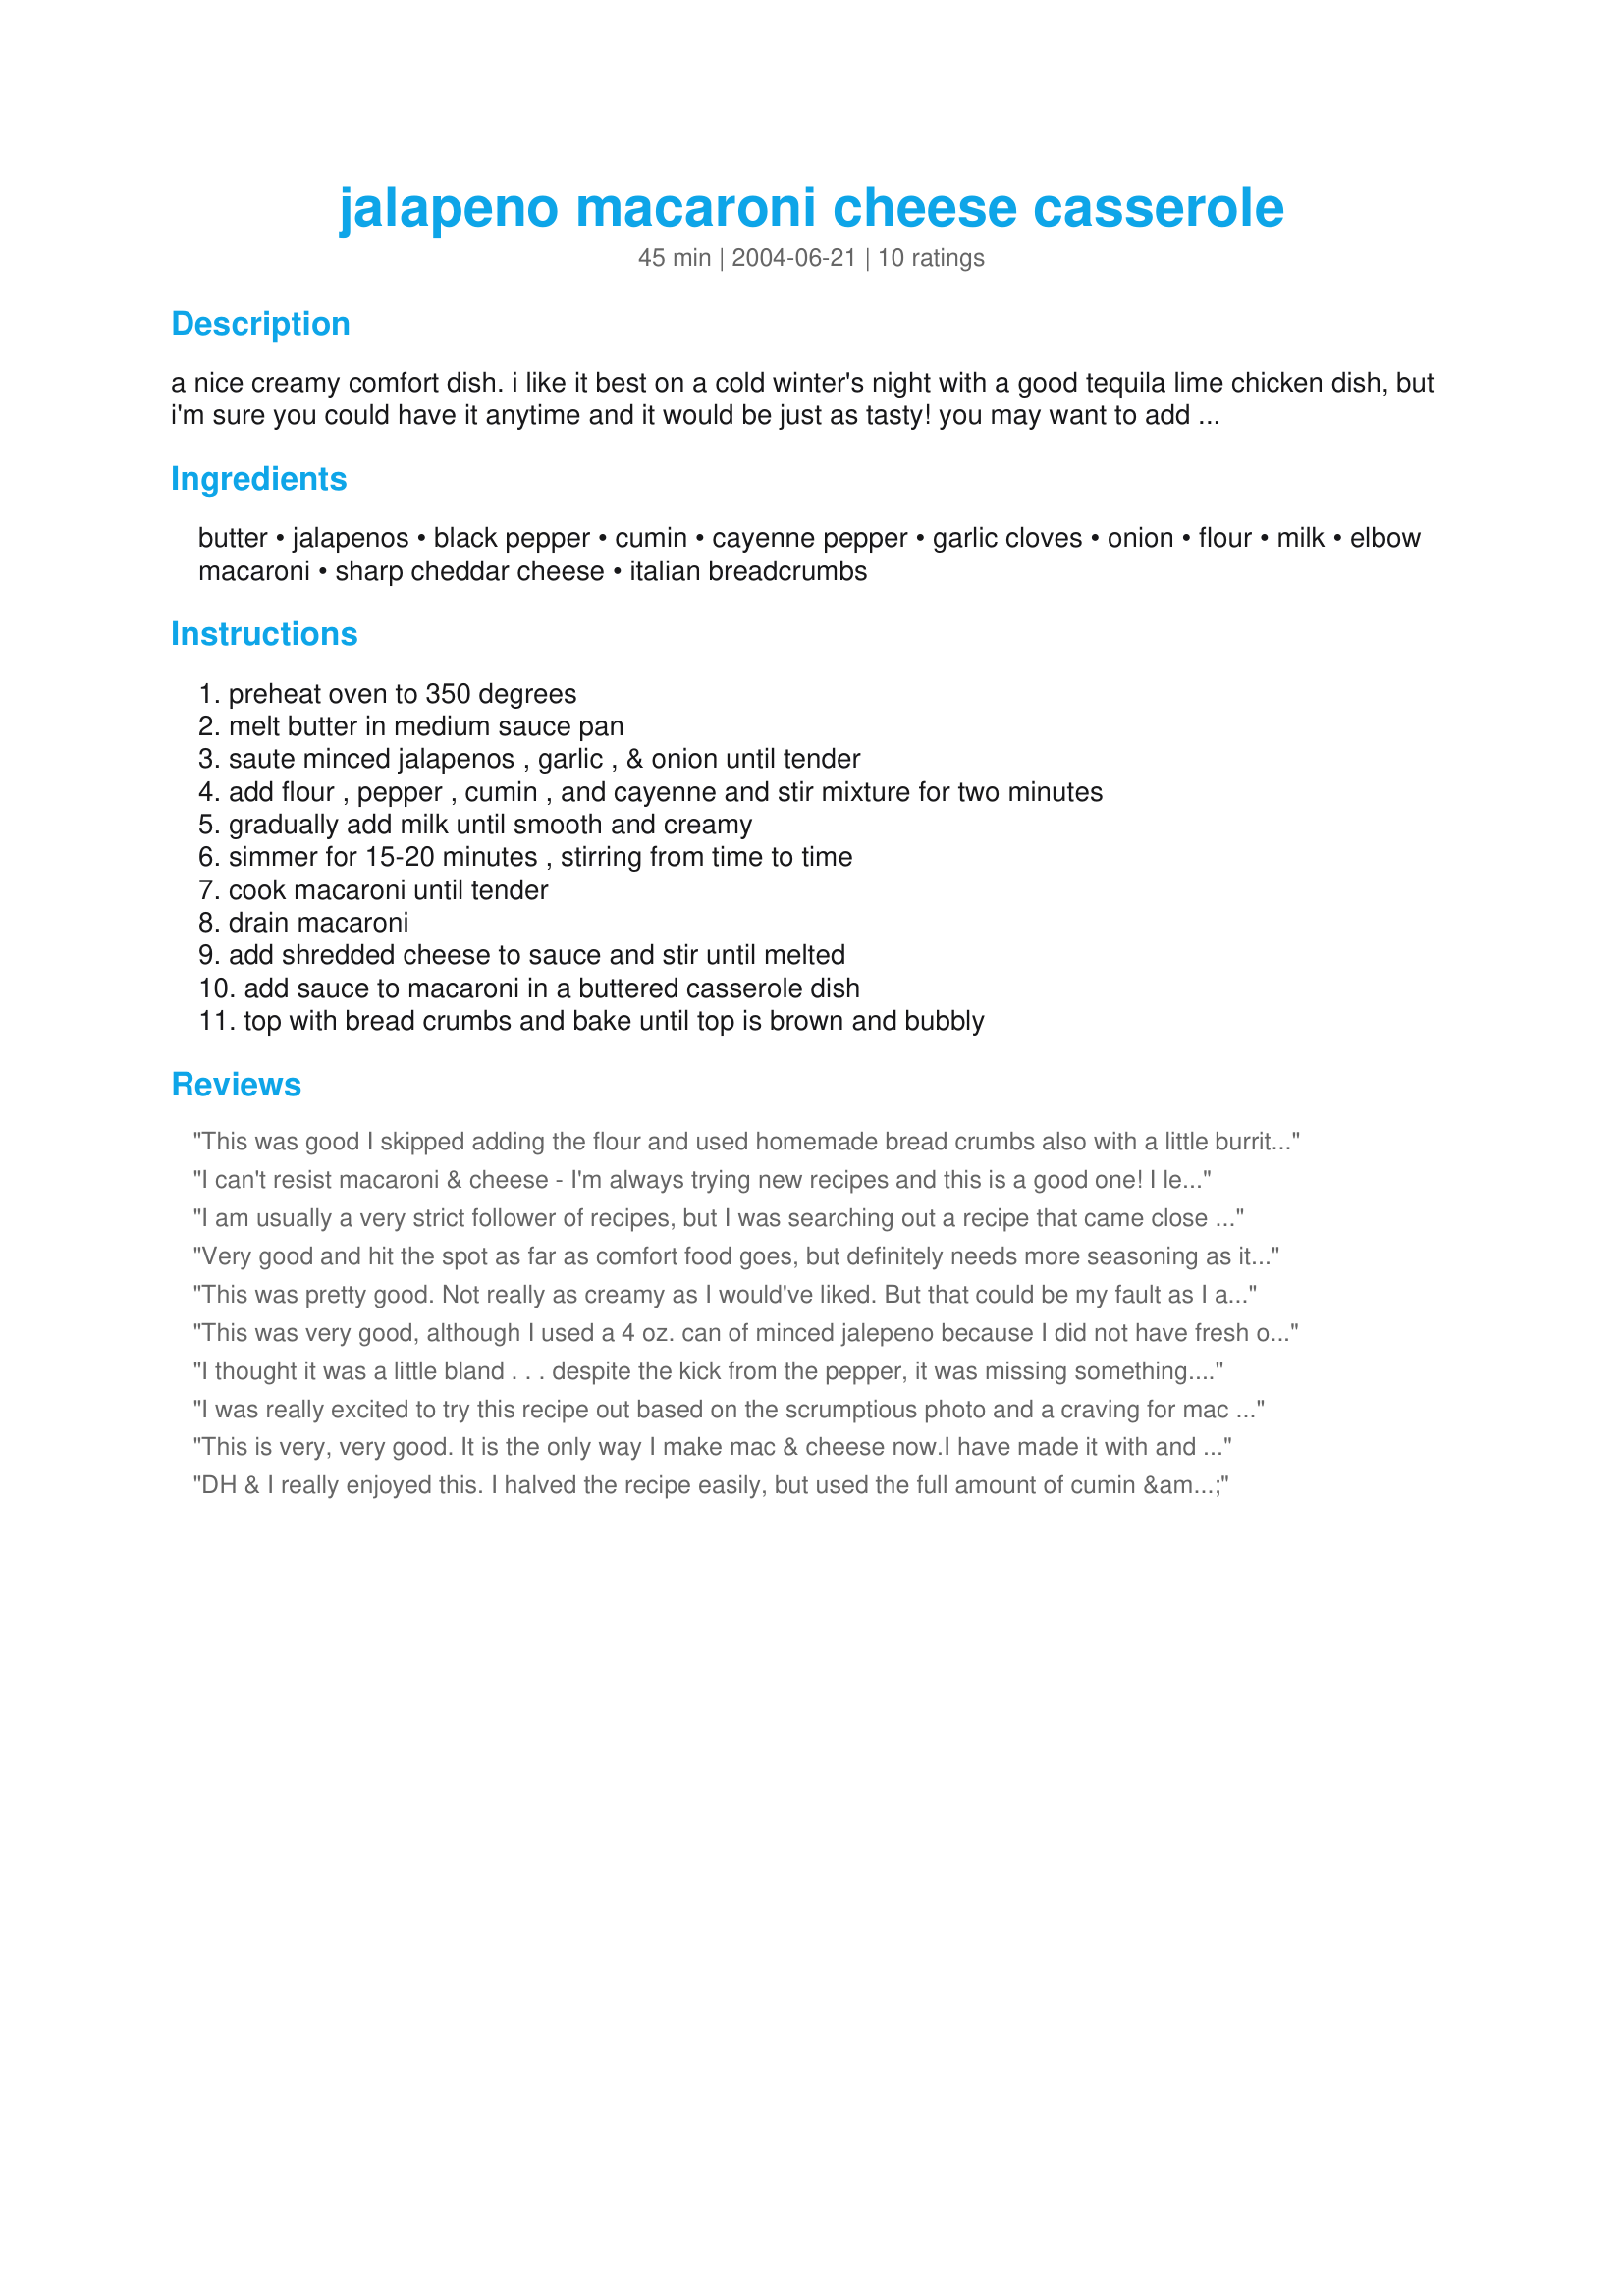
jalapeno macaroni cheese casserole
Preparation time: 45 minutes

a nice creamy comfort dish. i like it best on a cold winter's night with a good tequila lime chicken dish, but i'm sure you could have it anytime and it would be just as tasty! you may want to add some salt to this recipe. i leave it out because my doc wants me to stay away from excess sodium.

Ingredients:
butter, jalapenos, black pepper, cumin, cayenne pepper, garlic cloves, onion, flour, milk, elbow macaroni, sharp cheddar cheese, italian breadcrumbs

Steps:
preheat oven to 350 degrees, melt butter in medium sauce pan, saute minced jalapenos , garlic , & onion until tender, add flour , pepper , cumin , and cayenne and stir mixture for two minutes, gradually add milk until smooth and creamy, simmer for 15-20 minutes , stirring from time to time, cook macaroni until tender, drain macaroni, add shredded cheese to sauce and stir until melted, add sauce to macaroni in a buttered casserole dish, top with bread crumbs and bake until top is brown and bubbly

Reviews:
This was good I skipped adding the flour and used homemade bread crumbs also with a little burrito seasoning to keep it more mexican tasting. Thanks!
I can't resist macaroni & cheese - I'm always trying new recipes and this is a good one! I left out the onion because I didn't have any and used skim milk. I also made my own breadcrumbs from asiago cheese bread mixed with dried parsley, oregano, basil, & garlic & onion powders. The recipe came together very easily and made for a great lunch on a chilly fall day. Thanks Cynna!
I am usually a very strict follower of recipes, but I was searching out a recipe that came close to a dish I ate in a restaurant last week. This was the closest I found. To give the recipe the punch I wanted, I used 3 LARGE jalapenos and left in about 10 to 15 seeds. I also used almost a full teaspoon of cayenne, and 7 or 8 cloves of garlic. Used 3 green onions from my garden (the bottom few inches only) instead of half a small onion, sprinkled in some paprika, and added a 15.25 oz. can of corn. Left out the bread crumbs just because I had none. I did not add salt other than to the water for noodles, and did not miss it at all. I have the flavor totally where I want it (maybe too much garlic for others), and I am going to play with the cheese, milk and flour next time to get enough of a liquid where it will bubble while baking. Might try tabasco sometime for a change of pace, but I am seriously in love with this spicy dish!!!
Very good and hit the spot as far as comfort food goes, but definitely needs more seasoning as it was a little bland until I added a few things(salt, pepper, cayenne, etc). I used poblanos instead of jalapenos and whole wheat shells instead of elbows because that was what I had on hand. The only thing that kept this from being a 5-star recipe is the lack of seasoning, but otherwise a very solid macaroni and cheese dish. I'm reviewing this dish for PAC Fall '06.
This was pretty good. Not really as creamy as I would've liked. But that could be my fault as I added less flour. I will say, the flavor was still awesome. I did add a little salt.
This was very good, although I used a 4 oz. can of minced jalepeno because I did not have fresh ones, and added some cayenne as well. I love spicy food. :) I will be making this again, and congrats on a very easy and tasty mac & cheese. :)
I thought it was a little bland . . . despite the kick from the pepper, it was missing something. Not sure what - salt? I didn't add any - maybe I should have. I used poblanos because the jalapenos in my store looked a little "tired," and dried minced onions because I was out of onions. I also thought the sauce was a bit thick - might use 3 T flour vs. 5, and maybe add a bit more cheese.
I was really excited to try this recipe out based on the scrumptious photo and a craving for mac n' cheese. Unfortunately, the final product turned into a nearly inedible mess. Firstly, I would have halved the amount of breadcrumbs (and probably the flour) as well. All the creaminess I savoured as I initially tasted the cheese sauce disappeared once I pulled the dish out of the oven. Secondly, to echo previous reviewers, some seasoning would have really spiced this dish up. I tried using two jalapenos instead of three, and it was still too spicy for me, but I won't hold that against the recipe. Overall, there was a lot of potential, but I'll make some changes if I am to make this again.
This is very, very good. It is the only way I make mac & cheese now.<br/><br/>I have made it with and without breadcrumbs and prefer it without as it is not as dry. Be warned, though, depending on the size of the jalapenos, it can be very hot. If you want it mild, 2 jalapenos will still give you heat.
DH & I really enjoyed this. I halved the recipe easily, but used the full amount of cumin & cayenne. I used skim milk & whole-wheat macaroni. The flavor is good & spicy. The cheese/milk mixture was a little thick - I think i needed to use more milk to make it more creamy - and I didn't use as many breadcrumbs, but this was a delicious weeknight side to baked chicken nuggets, a salad & Recipe #133821. It came together really quickly too - I baked about 15 min.
